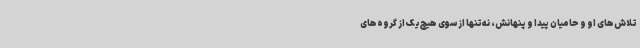
تلاش‌های او و حامیان پیدا و پنهانش، نه‌تنها از سوی هیچ‌یک از گروه‌های